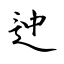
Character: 迚